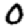
Digit: 0